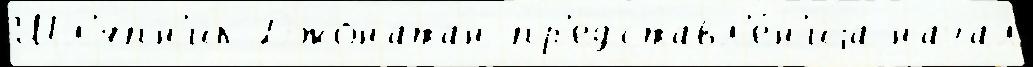
Шл'япн'ик Джонатан пр'едставл'е́н'иjа начал